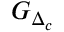
G _ { \Delta _ { c } }